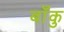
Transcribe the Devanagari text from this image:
बाँकु